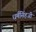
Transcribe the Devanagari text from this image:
धर्मसिंहजी